Malaria in India - Number 2
Disease focus: Malaria
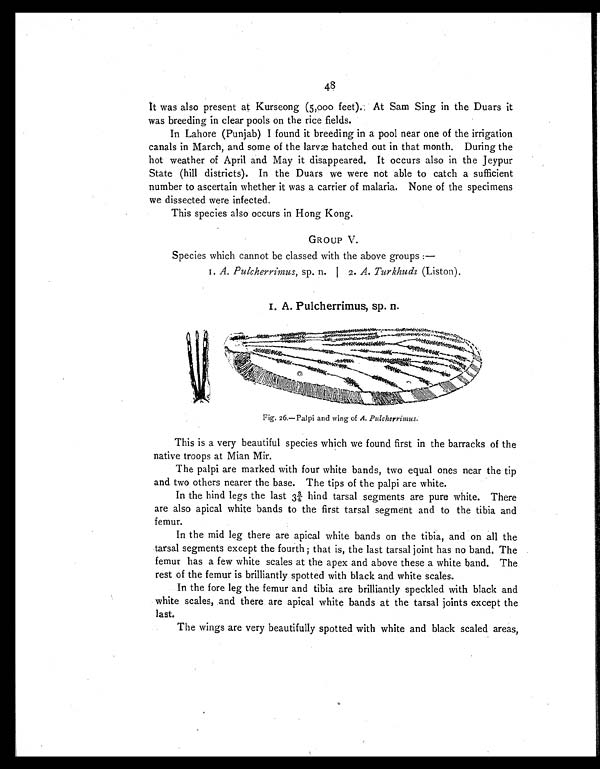
48
It was also present at Kurseong (5,000 feet). At Sam Sing in the Duars it
was breeding in clear pools on the rice fields.
In Lahore (Punjab) I found it breeding in a pool near one of the irrigation
canals in March, and some of the larvæ hatched out in that month. During the
hot weather of April and May it disappeared. It occurs also in the Jeypur
State (hill districts). In the Duars we were not able to catch a sufficient
number to ascertain whether it was a carrier of malaria. None of the specimens
we dissected were infected.
This species also occurs in Hong Kong.
GROUP V.
Species which cannot be classed with the above groups:—
1. A. Pulcherrimus, sp. n. | 2. A. Turkhudi (Liston).
1. A. Pulcherrimus, sp. n.
Fig. 26.—Palpi and wing of A. Pulcherrimus.
This is a very beautiful species which we found first in the barracks of the
native troops at Mian Mir.
The palpi are marked with four white bands, two equal ones near the tip
and two others nearer the base. The tips of the palpi are white.
In the hind legs the last 3¾ hind tarsal segments are pure white. There
are also apical white bands to the first tarsal segment and to the tibia and
femur.
In the mid leg there are apical white bands on the tibia, and on all the
tarsal segments except the fourth; that is, the last tarsal joint has no band. The
femur has a few white scales at the apex and above these a white band. The
rest of the femur is brilliantly spotted with black and white scales.
In the fore leg the femur and tibia are brilliantly speckled with black and
white scales, and there are apical white bands at the tarsal joints except the
last.
The wings are very beautifully spotted with white and black scaled areas,